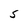
Character: S